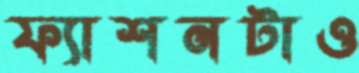
ফ্যাশনটাও